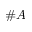
\# A